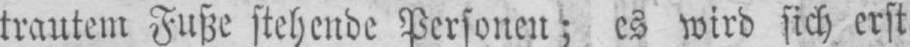
trautem Fuße stehende Personen; es wird sich erst